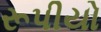
રૂપીયો